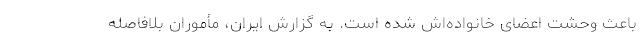
باعث وحشت اعضای خانواده‌اش شده است. به گزارش ایران، مأموران بلافاصله